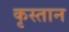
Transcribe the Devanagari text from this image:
कृस्तान